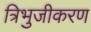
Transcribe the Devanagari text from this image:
त्रिभुजीकरण